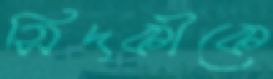
সিদকীকে